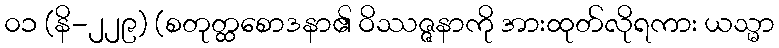
၀၁ (နိ-၂၂၉) (စတုတ္ထစောဒနာ၏ ဝိဿဇ္ဇနာကို အားထုတ်လိုရကား ယသ္မာ